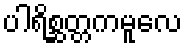
ပါရိစ္ဆတ္တကမူလေ